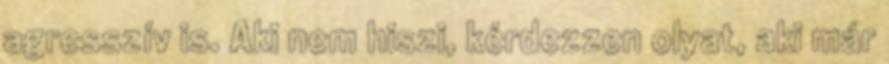
agresszív is. Aki nem hiszi, kérdezzen olyat, aki már